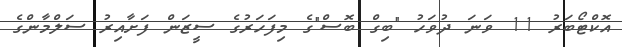
އޮކްޓޯބަރު 11 ވަނަ ދުވަހު "ބިގް ބޮސް"ގެ މިފަހަރުގެ ސީޒަން ފަށާއިރު ސަލްމާންގެ